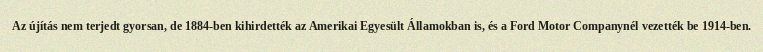
Az újítás nem terjedt gyorsan, de 1884-ben kihirdették az Amerikai Egyesült Államokban is, és a Ford Motor Companynél vezették be 1914-ben.